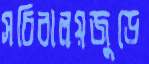
সচিবালয়জুড়ে